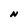
Character: N